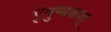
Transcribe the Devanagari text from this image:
पुंयुग्मकश्